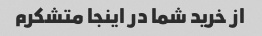
از خرید شما در اینجا متشکرم